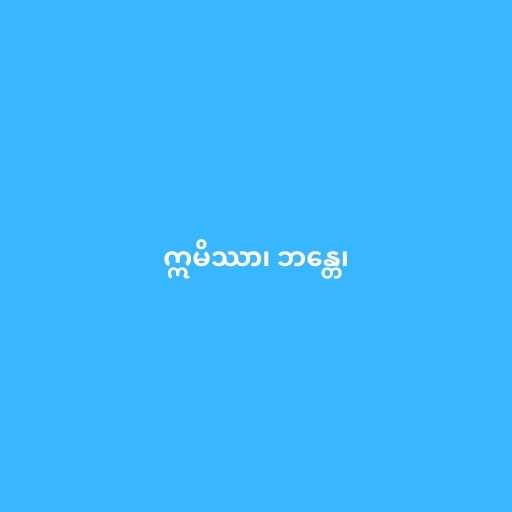
ဣမိဿာ၊ ဘန္တေ၊